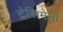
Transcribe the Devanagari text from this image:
ट्रेसिमेनो